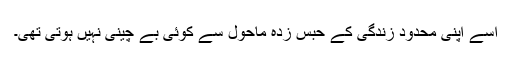
اسے اپنی محدود زندگی کے حبس زدہ ماحول سے کوئی بے چینی نہیں ہوتی تھی۔